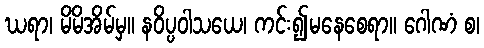
ဃရာ၊ မိမိအိမ်မှ။ နဝိပ္ပဝါသယေ၊ ကင်း၍မနေစေရာ။ ဂေါဏံ စ၊